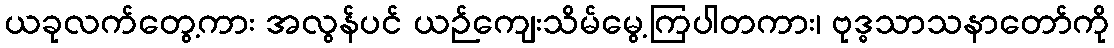
ယခုလက်တွေ့ကား အလွန်ပင် ယဉ်ကျေးသိမ်မွေ့ကြပါတကား၊ ဗုဒ္ဓသာသနာတော်ကို